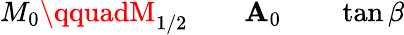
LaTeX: M_{0}\qquadM_{1/2}\qquad\mathbf{A}_{0}\qquad\tan\beta